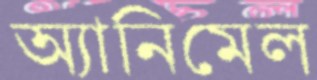
অ্যানিমেল